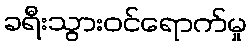
ခရီးသွားဝင်ရောက်မှု